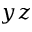
y z